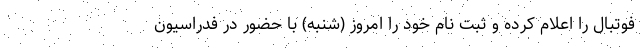
فوتبال را اعلام کرده و ثبت نام خود را امروز (شنبه) با حضور در فدراسیون